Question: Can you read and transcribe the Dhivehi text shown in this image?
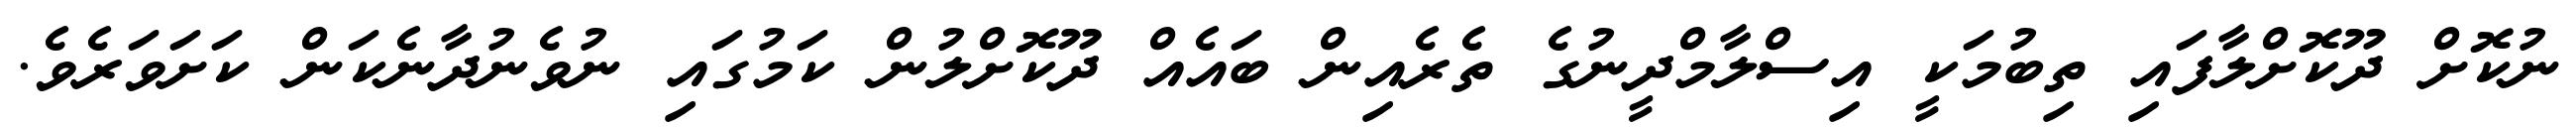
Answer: ނުކޮށް ދޫކޮށްލާފައި ތިބުމަކީ އިސްލާމްދީނުގެ ތެރެއިން ބައެއް ދޫކޮށްލުން ކަމުގައި ނުވެނުދާނެކަން ކަށަވަރެވެ.